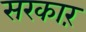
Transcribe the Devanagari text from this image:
सरकाऱ